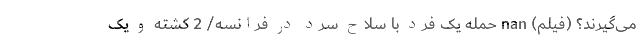
می‌گیرند؟ (فیلم) nan حمله یک فرد با سلاح سرد در فرانسه/ 2 کشته و یک